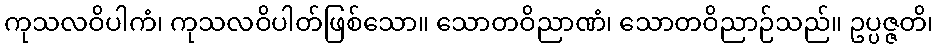
ကုသလဝိပါကံ၊ ကုသလဝိပါတ်ဖြစ်သော။ သောတဝိညာဏံ၊ သောတဝိညာဉ်သည်။ ဥပ္ပဇ္ဇတိ၊